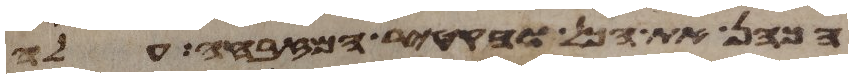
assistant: הכהן את הכל והקטיר המזבחה עלה